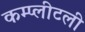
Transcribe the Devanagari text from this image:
कम्प्लीटली